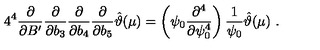
4 ^ { 4 } \frac { \partial } { \partial B ^ { \prime } } \frac { \partial } { \partial b _ { 3 } } \frac { \partial } { \partial b _ { 4 } } \frac { \partial } { \partial b _ { 5 } } \hat { \vartheta } ( \mu ) = \left( \psi _ { 0 } \frac { \partial ^ { 4 } } { \partial \psi _ { 0 } ^ { 4 } } \right) \frac { 1 } { \psi _ { 0 } } \hat { \vartheta } ( \mu ) \ .